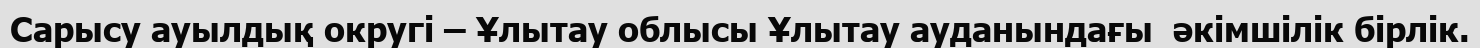
Сарысу ауылдық округі – Ұлытау облысы Ұлытау ауданындағы  әкімшілік бірлік.